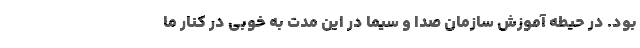
بود. در حیطه آموزش سازمان صدا و سیما در این مدت به خوبی در کنار ما